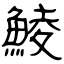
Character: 鯪